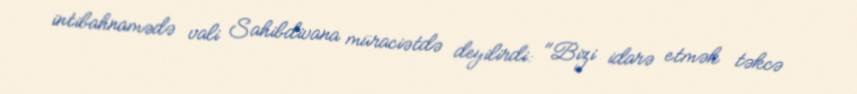
intibahnamədə vali Sahibdivana müraciətdə deyilirdi: "Bizi idarə etmək təkcə